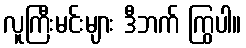
လူကြီးမင်းများ ဒီဘက် ကြွပါ။